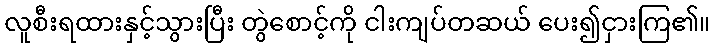
လူစီးရထားနှင့်သွားပြီး တွဲစောင့်ကို ငါးကျပ်တဆယ် ပေး၍ငှားကြ၏။